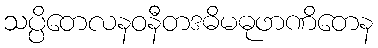
သပ္ပိတေလနဝနီတဒဓိမဓုဖာဏိတေန